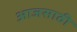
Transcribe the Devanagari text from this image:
आजसाठी